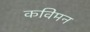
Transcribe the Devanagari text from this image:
कविमन